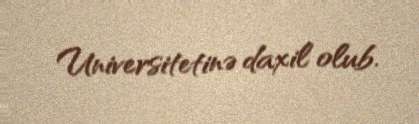
Universitetinə daxil olub.